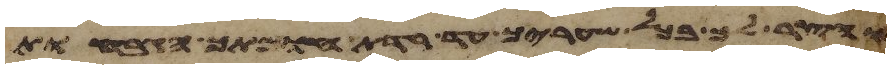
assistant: והצר לך בכל שעריך עד רדת חומתך הגבחות